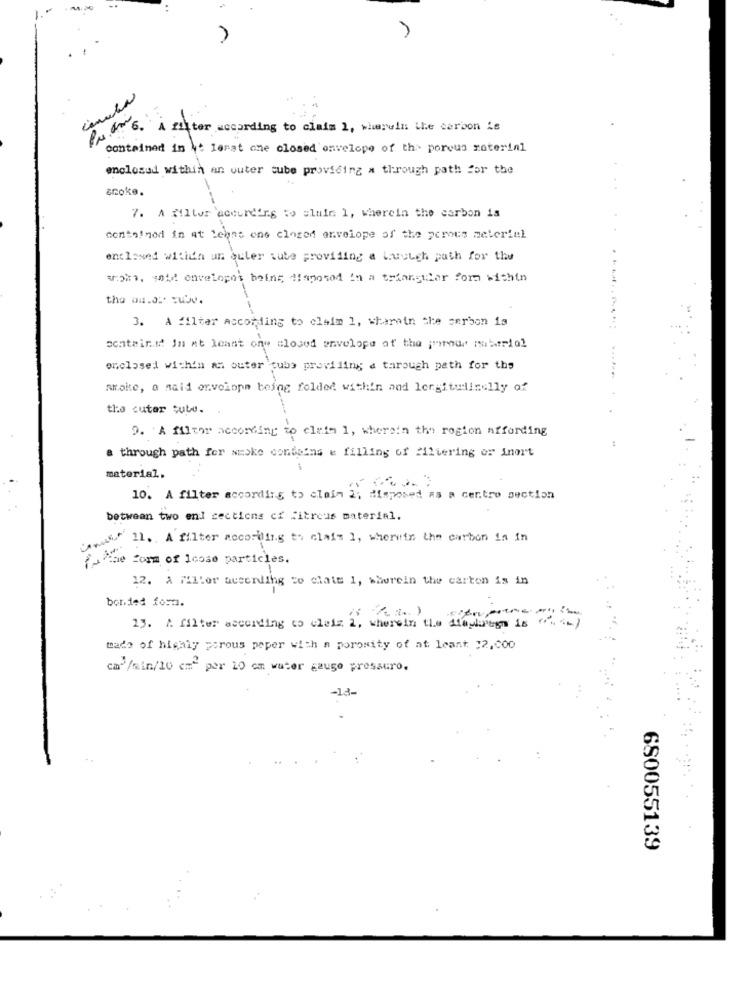
. 6. A filter according to ciais 1, wherein the carbon is
contained in ht lesat one closed onvelope of th> porous material
enclosed within an outer tube providing a through path for the
anoke.
7. A filter according to alnie 1, wherein the carbon is
contained in at Lehas one closed envelope of the peroes meterful
enclosed withth un guler tube providing a Liuuugh path for the
aroma, sold envelopes being, Maposed in a triangular com within
-
3. A filter According to claim 1, wherein the carbon is
sentminst in at least one closed envelope of the porour saberlo!
enclosed within an outer tubo providing a through path for the
smoke, a said envelope being folded within and longitudinally of
the cuter Cute.
9. A filter according to cluin 1, wherein the region affording
a through path for smoke contains & filling of filtering or inort
1
material.
10. A filter according to claim 2; disposed as a cer.tro section
between two end sections ci fitreus material.
"www" 11. . A filter according to clai= 1, wherein the carbon in in
The form of 1cose particles.
-
12. A Millor according to claim 1, blurein the carton is in
bonded form.
..
23. A filter according to cleis 2, wherein the diaphragm is ( )
mado of highly porous peper with n porosity of at leant 12,000
cm3/min/10 cm2 per 10 cm water gauge prossuro.
-18
680055139